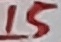
Text: 15